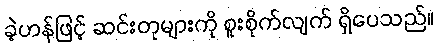
ခဲ့ဟန်ဖြင့် ဆင်းတုများကို စူးစိုက်လျက် ရှိပေသည်။